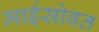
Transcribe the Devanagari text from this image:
माईसोबत